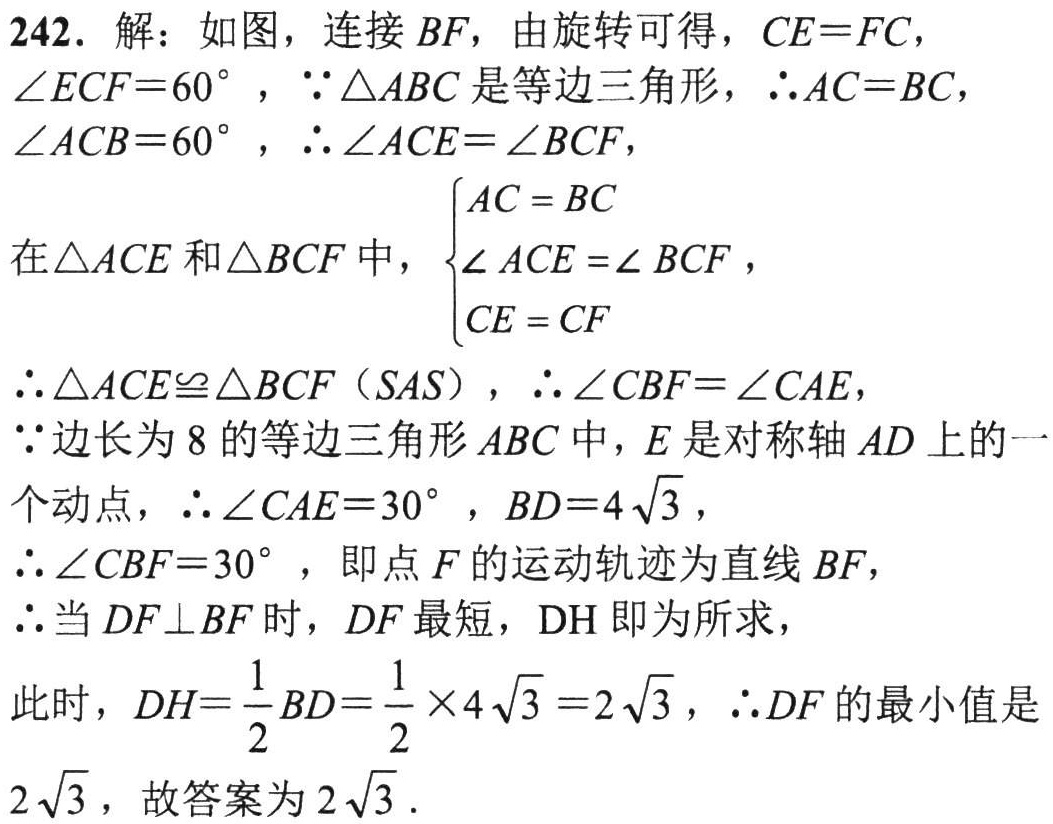
242. 解：如图，连接 \(BF\)，由旋转可得，\(CE = FC\)，\(\angle ECF = 60^{\circ}\)，\(\because\triangle ABC\) 是等边三角形，\(\therefore AC = BC\)，\(\angle ACB = 60^{\circ}\)，\(\therefore\angle ACE=\angle BCF\)，
在\(\triangle ACE\) 和\(\triangle BCF\) 中，\(\begin{cases}AC = BC\\\angle ACE=\angle BCF\\CE = CF\end{cases}\)
\(\therefore\triangle ACE\cong\triangle BCF\)（\(SAS\)），\(\therefore\angle CBF=\angle CAE\)，
\(\because\)边长为 \(8\) 的等边三角形 \(ABC\) 中，\(E\) 是对称轴 \(AD\) 上的一个动点，\(\therefore\angle CAE = 30^{\circ}\)，\(BD = 4\sqrt{3}\)，
\(\therefore\angle CBF = 30^{\circ}\)，即点 \(F\) 的运动轨迹为直线 \(BF\)，
\(\therefore\)当 \(DF\perp BF\) 时，\(DF\) 最短，\(DH\) 即为所求，
此时，\(DH=\frac{1}{2}BD=\frac{1}{2}\times4\sqrt{3}=2\sqrt{3}\)，\(\therefore DF\) 的最小值是 \(2\sqrt{3}\)，故答案为 \(2\sqrt{3}\).